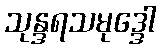
သုန္ဒရသမုဒ္ဒေါ